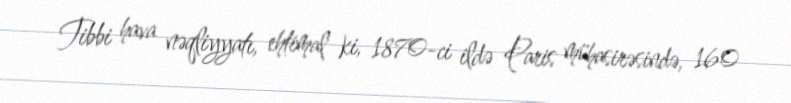
Tibbi hava nəqliyyatı, ehtimal ki, 1870-ci ildə Paris mühasirəsində, 160